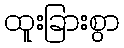
ထူးခြားစွာ